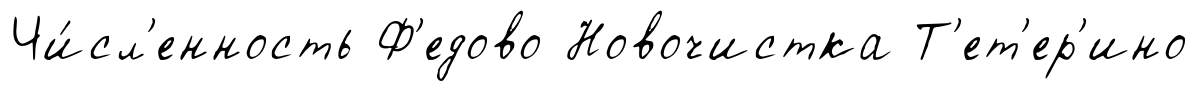
Чи́сл'енность Ф'едово Новочистка Т'ет'ер'ино